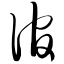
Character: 倌